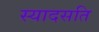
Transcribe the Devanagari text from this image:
स्यादसति